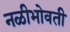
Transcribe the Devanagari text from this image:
नळीभोवती